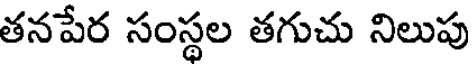
తనపేర సంస్థల తగుచు నిలుపు